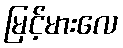
မြင့်မားလေ